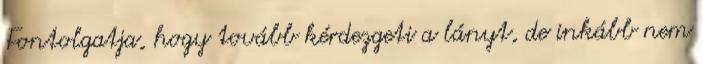
Fontolgatja, hogy tovább kérdezgeti a lányt, de inkább nem